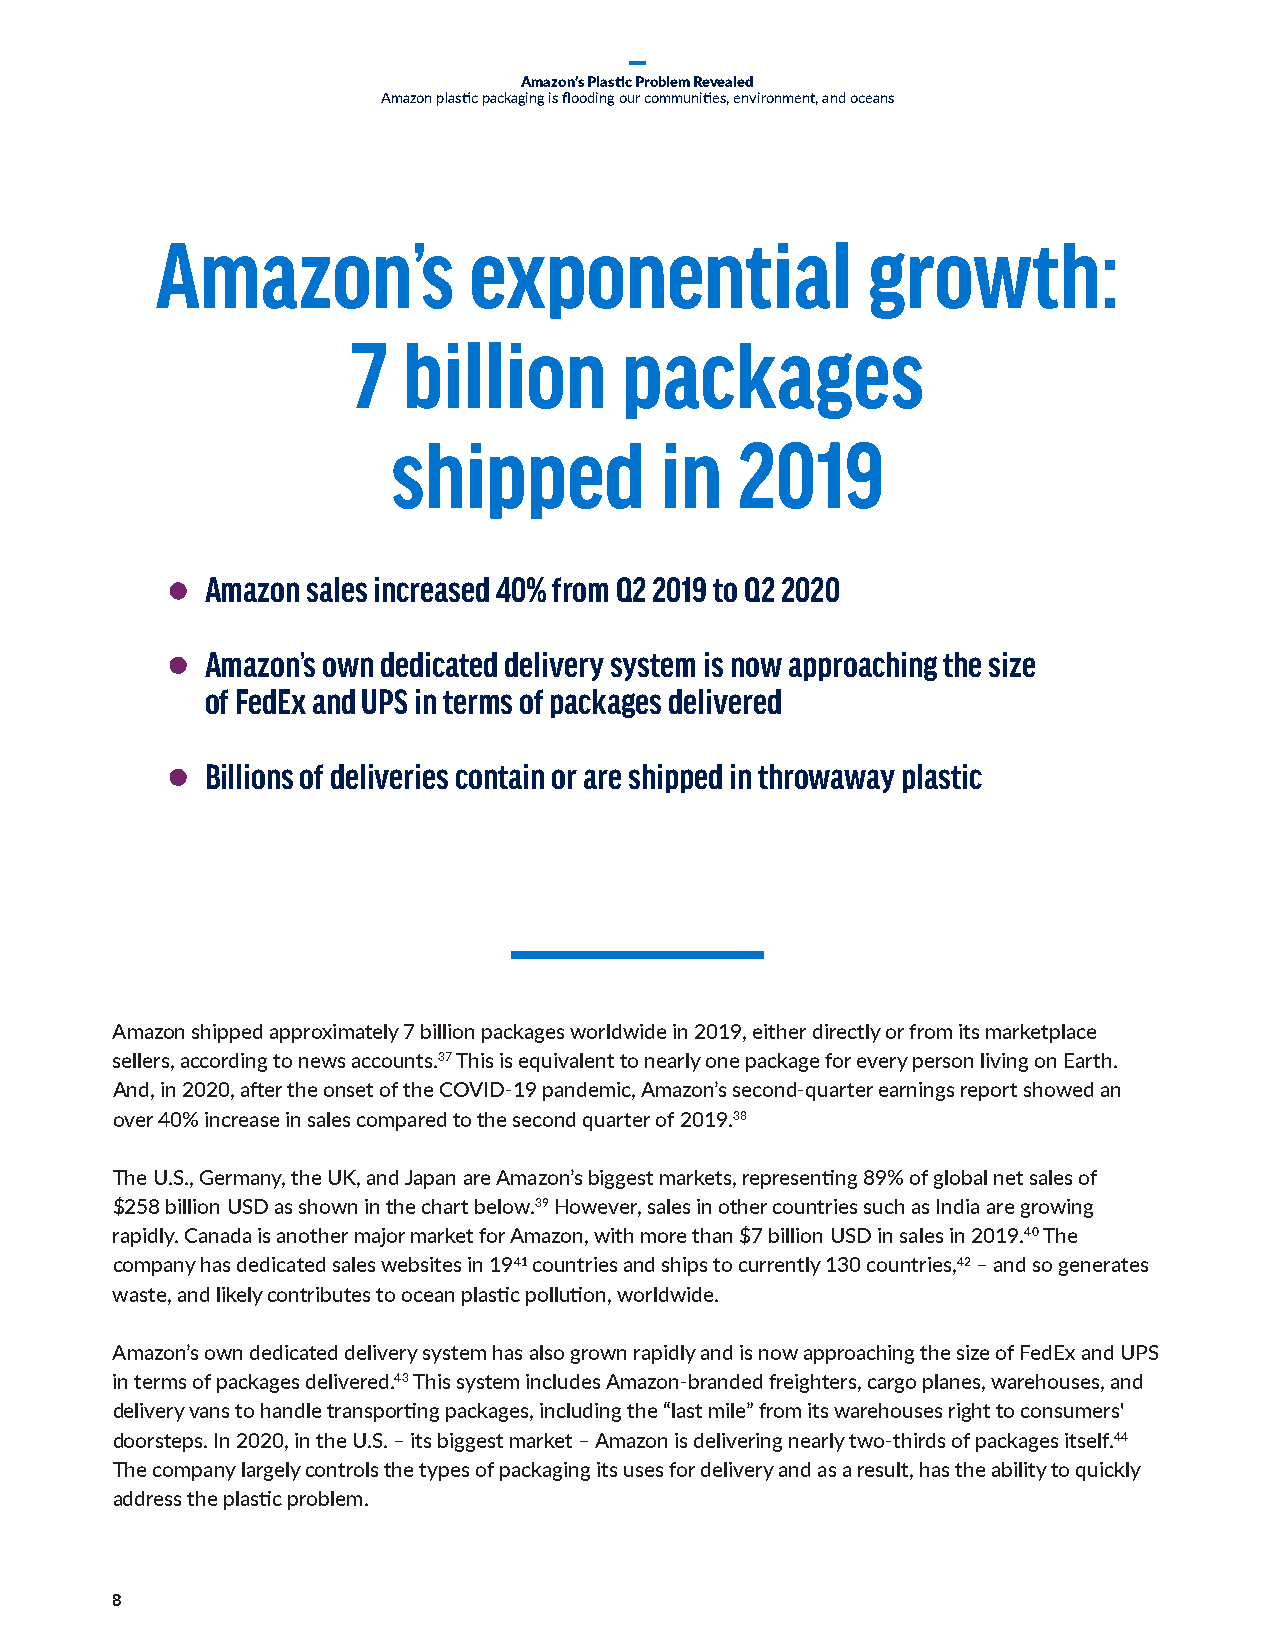
Amazon’s Plastic Problem Revealed
 Amazon plastic packaging is flooding our communities, environment, and oceans
 Amazon’s             exponential               growth:
 7   billion       packages
 shipped           in   2019
 Amazon sales increased 40% from Q2 2019 to Q2 2020
 Amazon’s own dedicated delivery system is now approaching the size
 of FedEx and UPS in terms of packages delivered
 Billions of deliveries contain or are shipped in throwaway plastic
 Amazon shipped approximately 7 billion packages worldwide in 2019, either directly or from its marketplace
 sellers, according to news accounts.37 This is equivalent to nearly one package for every person living on Earth.
 And, in 2020, after the onset of the COVID-19 pandemic, Amazon’s second-quarter earnings report showed an
 over 40% increase in sales compared to the second quarter of 2019.38
 The U.S., Germany, the UK, and Japan are Amazon’s biggest markets, representing 89% of global net sales of
 $258 billion USD as shown in the chart below.39 However, sales in other countries such as India are growing
 rapidly. Canada is another major market for Amazon, with more than $7 billion USD in sales in 2019.40 The
 company has dedicated sales websites in 1941 countries and ships to currently 130 countries,42 – and so generates
 waste, and likely contributes to ocean plastic pollution, worldwide.
 Amazon’s own dedicated delivery system has also grown rapidly and is now approaching the size of FedEx and UPS
 in terms of packages delivered.43 This system includes Amazon-branded freighters, cargo planes, warehouses, and
 delivery vans to handle transporting packages, including the “last mile” from its warehouses right to consumers'
 doorsteps. In 2020, in the U.S. – its biggest market – Amazon is delivering nearly two-thirds of packages itself.44
 The company largely controls the types of packaging its uses for delivery and as a result, has the ability to quickly
 address the plastic problem.
 8